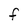
Character: f